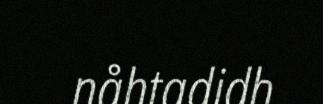
nåhtadidh